Indian Civil Veterinary Department memoirs
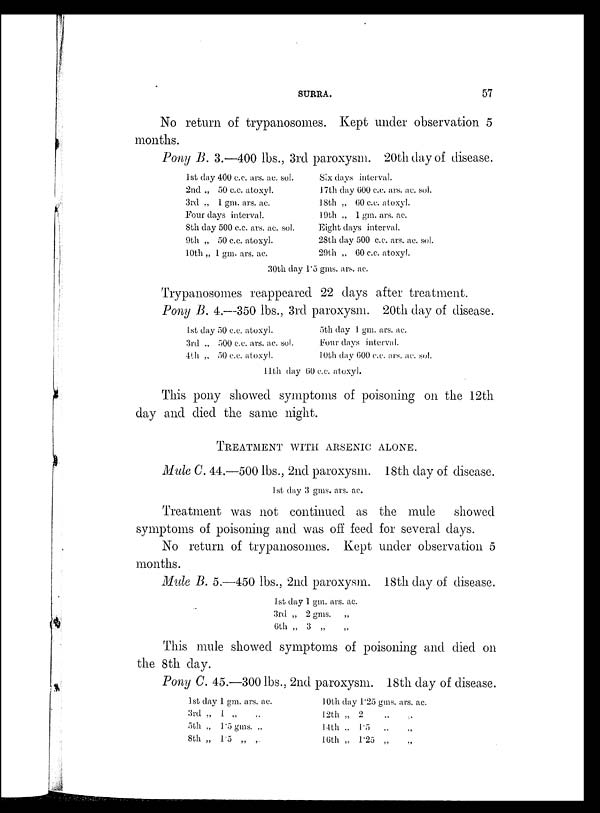
SURRA.
57
No return of trypanosomes. Kept under observation 5
months.
Pony B. 3.—400 lbs., 3rd paroxysm. 20th day of disease.
1st day 400 c.c. ars. ac. sol.
2nd „ 50 c.c. atoxyl.
3rd „ 1 gm. ars. ac.
Four days interval.
8th day 500 c.c. ars. ac. sol.
9th „ 50 c.c. atoxyl.
10th „ 1 gm. ars. ac.
Six days interval.
17th day 600 c.c. ars. ac. sol.
18th „ 60 c.c. atoxyl.
19th „ 1 gm. ars. ac.
Eight days interval.
28th day 500 c.c. ars. ac. sol.
29th „ 60 c.c. atoxyl.
30th day 1.5 gms. ars. ac.
Trypanosomes reappeared 22 days after treatment.
Pony B. 4.—350 lbs., 3rd paroxysm. 20th day of disease.
1st day 50 c.c. atoxyl.
3rd „ 500 c.c. ars. ac. sol.
4th „ 50 c.c. atoxyl.
5th day 1 gm. ars. ac.
Four days interval.
10th day 600 c.c. ars. ac. sol.
11th day 60 c.c. atoxyl.
This pony showed symptoms of poisoning on the 12th
day and died the same night.
TREATMENT WITH ARSENIC ALONE.
Mule C. 44.—500 lbs., 2nd paroxysm. 18th day of disease.
1st day 3 gms. ars. ac.
Treatment was not continued as the mule showed
symptoms of poisoning and was off feed for several days.
No return of trypanosomes. Kept under observation 5
months.
Mule B. 5.—450 lbs., 2nd paroxysm. 18th day of disease.
1st day 1 gm. ars. ac.
3rd „ 2 gms. „
6th „ 3 „
This mule showed symptoms of poisoning and died on
the 8th day.
Pony C. 45.—300 lbs., 2nd paroxysm. 18th day of disease.
1st day 1 gm. ars. ac.
3rd „ 1 „ „
5th „ 1.5 gms. „
8th „ 1.5 „ „
10th day 1.25 gms. ars. ac.
12th „ 2 „ „
14th „ 1.5 „ „
16th „ 1.25 „ „